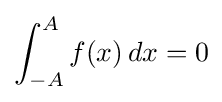
\int _{-A}^{A}f(x)\,dx=0